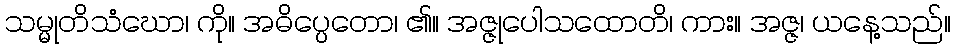
သမ္မုတိသံဃော၊ ကို။ အဓိပ္ပေတော၊ ၏။ အဇ္ဇုပေါသထောတိ၊ ကား။ အဇ္ဇ၊ ယနေ့သည်။